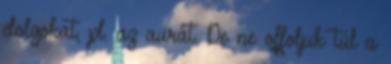
dolgokat, pl. az aurát. De ne offoljuk túl a